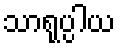
သာရုပ္ပါယ